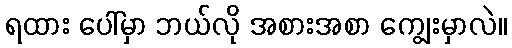
ရထား ပေါ်မှာ ဘယ်လို အစားအစာ ကျွေးမှာလဲ။